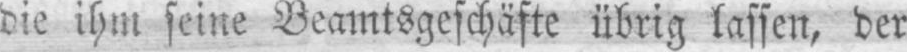
die ihm seine Beamtsgeschäfte übrig lassen, der